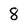
Character: 8